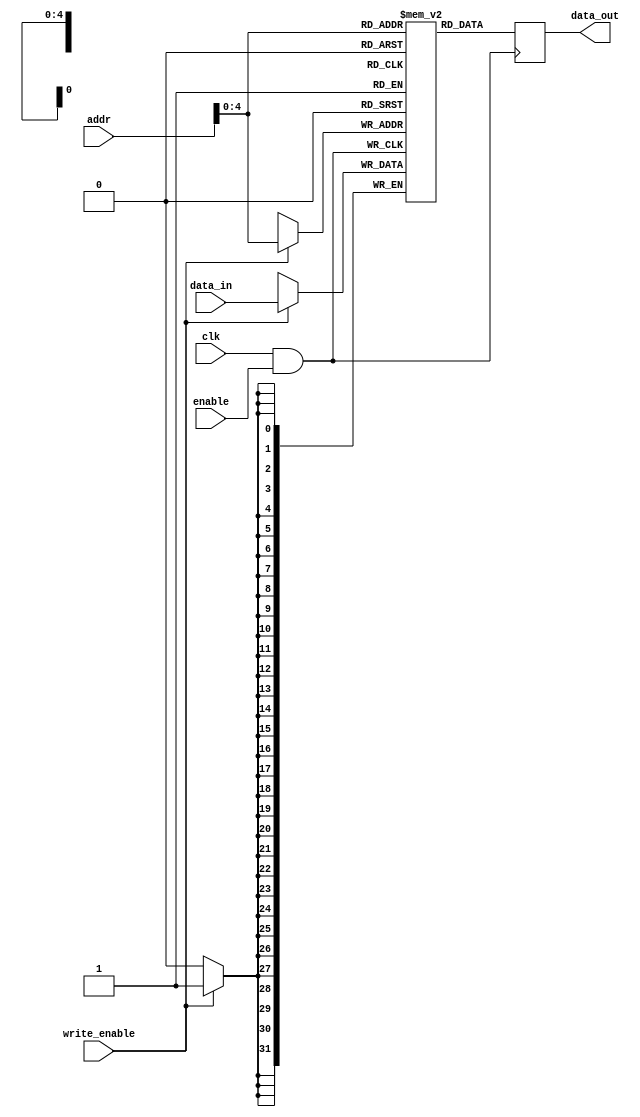
module MemoryBlock (
    input wire clk,           // Main clock signal
    input wire enable,        // Enable signal for clock gating
    input wire [7:0] addr,    // Address input for memory access
    input wire [31:0] data_in, // Data input for writing to memory
    input wire write_enable,   // Write enable signal
    output reg [31:0] data_out // Data output for reading from memory
);

    // Memory array (32 entries of 32-bit data)
    reg [31:0] memory [0:31];

    // Clock Gating Logic
    wire gated_clk;
    assign gated_clk = clk & enable; // AND gate for clock gating

    // Memory operation
    always @(posedge gated_clk) begin
        if (write_enable) begin
            memory[addr] <= data_in; // Write data to memory
        end
        data_out <= memory[addr]; // Read data from memory
    end

endmodule